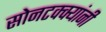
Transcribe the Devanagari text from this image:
सोनटक्क्यांनी